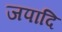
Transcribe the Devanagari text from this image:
जपादि